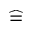
\widehat { = }